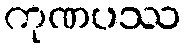
ကုဏပဿ